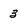
Character: 3